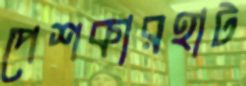
পেশকারহাট